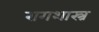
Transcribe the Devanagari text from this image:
रागशास्त्र